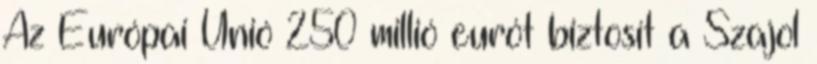
Az Európai Unió 250 millió eurót biztosít a Szajol